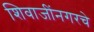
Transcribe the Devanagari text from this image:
शिवाजींनगरचे